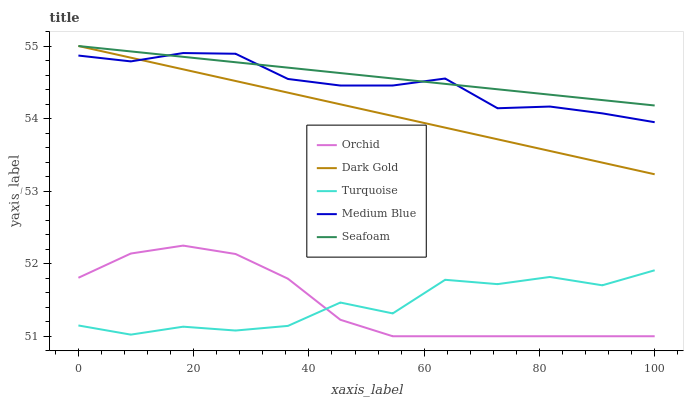
| xaxis_label | Orchid | Dark Gold | Turquoise | Medium Blue | Seafoam |
 | --- | --- | --- | --- | --- | --- |
 | 0 | 51.8 | 55 | 51.1 | 54.9 | 55 |
 | 9.09 | 52.1 | 54.8 | 51 | 54.8 | 54.9 |
 | 18.2 | 52.2 | 54.7 | 51.1 | 54.9 | 54.9 |
 | 27.3 | 52.1 | 54.5 | 51.1 | 54.9 | 54.8 |
 | 36.4 | 51.8 | 54.4 | 51.1 | 54.5 | 54.7 |
 | 45.5 | 51.2 | 54.2 | 51.5 | 54.5 | 54.6 |
 | 54.5 | 51 | 54 | 51.3 | 54.5 | 54.6 |
 | 63.6 | 51 | 53.9 | 51.8 | 54.6 | 54.5 |
 | 72.7 | 51 | 53.7 | 51.7 | 54.1 | 54.4 |
 | 81.8 | 51 | 53.6 | 51.8 | 54.2 | 54.3 |
 | 90.9 | 51 | 53.4 | 51.7 | 54.1 | 54.3 |
 | 100 | 51 | 53.2 | 51.9 | 53.9 | 54.2 |